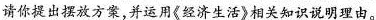
请你提出摆放方案，并运用《经济生活》相关知识说明理由。